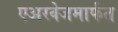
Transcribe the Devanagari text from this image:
एअरवेजमार्फत